Report on the bubonic plague in Bombay, 1896-1897
Year: 1896
Disease focus: Plague
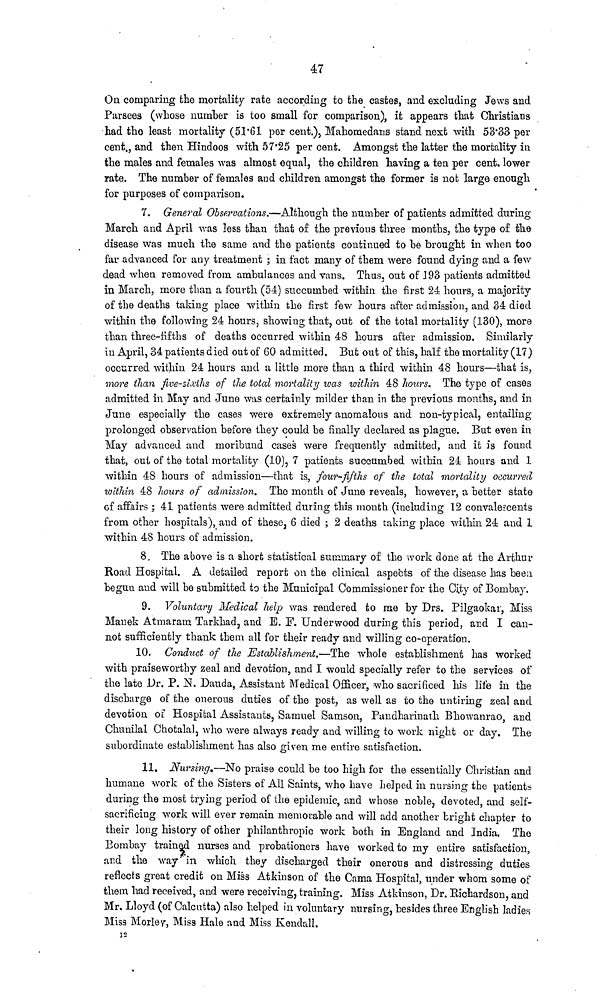
47
On comparing the mortality rate according to the castes, and excluding Jews and
Parsees (whose number is too small for comparison), it appears that Christians
had the least mortality (51.61 per cent.), Mahomedans stand next with 53.33 per
cent,, and then Hindoos with 57.25 per cent. Amongst the latter the mortality in
the males and females was almost equal, the children having a ten per cent lower
rate. The number of females and children amongst the former is not large enough
for purposes of comparison.
7. General Observations.—Although the number of patients admitted during
March and April was less than that of the previous three months, the type of the
disease was much the same and the patients continued to be brought in when too
far advanced for any treatment ; in fact many of them were found dying and a few
dead when removed from, ambulances and vans. Thus, out of 193 patients admitted
in March, more than a fourth (54) succumbed within the first 24 hours, a majority
of the deaths taking place within the first few hours after admission, and 34 died
within the following 24 hours, showing that, out of the total mortality (130), more
than three-fifths of deaths occurred within 48 hours after admission. Similarly
in April, 34 patients died out of 60 admitted. But out of this, half the mortality (17)
occurred within 24 hours and a little more than a third within 48 hours—that is,
more than five-sixths of the total mortality was within 48 hours. The type of cases
admitted in May and June was certainly milder than in the previous months, and in
June especially the cases were extremely anomalous and non-typical, entailing
prolonged observation before they could be finally declared as plague. But even in
May advanced and moribund cases were frequently admitted, and it is found
that, out of the total mortality (10), 7 patients succumbed within 24 hours and 1
within 48 hours of admission—that is, four-fifths of the total mortality occurred
within 48 hours of admission. The month of June reveals, however, a better state
of affairs ; 41 patients were admitted during this month (including 12 convalescents
from other hospitals), and of these, 6 died ; 2 deaths taking place within 24 and 1
within 48 hours of admission.
8. The above is a short statistical summary of the work done at the Arthur
Road Hospital. A detailed report on the clinical aspects of the disease has been
begun and will be submitted to the Municipal Commissioner for the City of Bombay.
9. Voluntary Medical help was rendered to me by Drs. Pilgaokar, Miss
Manek Atmaram Tarkhad, and E. F. Underwood during this period, and I can-
not sufficiently thank them all for their ready and willing co-operation.
10. Conduct of the Establishment.—The whole establishment has worked
with praiseworthy zeal and devotion, and I would specially refer to the services of
the late Dr. P. N. Dauda, Assistant Medical Officer, who sacrificed his life in the
discbarge of the onerous duties of the post, as well as to the untiring zeal and
devotion of Hospital Assistants, Samuel Samson, Pandharinath Bhowanrao, and
Chunilal Chotalal, who were always ready and willing to work night or day. The
subordinate establishment has also given me entire satisfaction.
11. Nursing.—No praise could be too high for the essentially Christian and
humane work of the Sisters of AH Saints, who have helped in nursing the patients
during the most trying period of the epidemic, and whose noble, devoted, and self-
sacrificing work will ever remain memorable and will add another bright chapter to
their long history of other philanthropic work both in England and India. The
Bombay trained nurses and probationers have worked to my entire satisfaction,
and the way in which they discharged their onerous and distressing duties
reflects great credit on Miss Atkinson of the Cama Hospital, under whom some of
them had received, and were receiving, training. Miss Atkinson, Dr. Eichardson, and
Mr. Lloyd (of Calcutta) also helped in voluntary nursing, besides three English ladies
Miss Morley, Miss Hale und Miss Kendall.